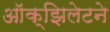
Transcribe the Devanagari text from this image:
ऑक्झिलेटने